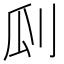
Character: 𠛒